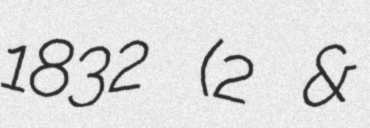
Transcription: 1832 (2 &